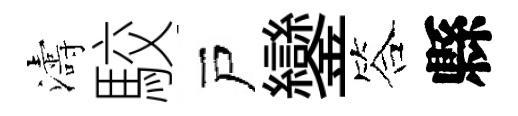
濤駮戸鑾答縣